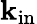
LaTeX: {\mathbf k}_{\mathrm{in}}